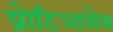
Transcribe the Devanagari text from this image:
प्रोटिआसेस